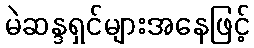
မဲဆန္ဒရှင်များအနေဖြင့်